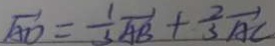
\overrightarrow { A D } = \frac { 1 } { 3 } \overrightarrow { A B } + \frac { 2 } { 3 } \overrightarrow { A C }